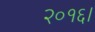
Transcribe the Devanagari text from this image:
२०१६।